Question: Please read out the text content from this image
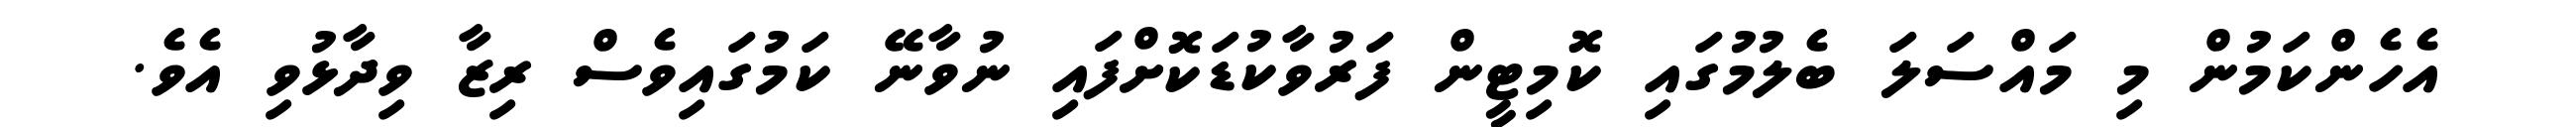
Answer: އެހެންކަމުން މި މައްސަލަ ބެލުމުގައި ކޮމިޓީން ފަރުވާކުޑަކޮށްފައި ނުވާނޭ ކަމުގައިވެސް ރިޒާ ވިދާޅުވި އެވެ.